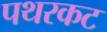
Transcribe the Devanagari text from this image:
पथरकट